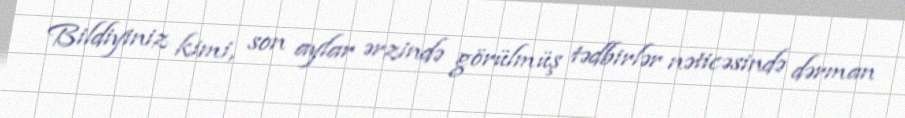
Bildiyiniz kimi, son aylar ərzində görülmüş tədbirlər nəticəsində dərman